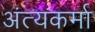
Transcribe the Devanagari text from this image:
अंत्यकर्मा